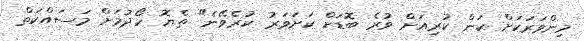
މިންވަރަކަށް ކަން ކުރިއަށް ވުރެ ބޮޑަށް ކަށަވަރު ކުރެވޭނެ" ތެޔޮ ހޯދުމަށް މަސައްކަތް